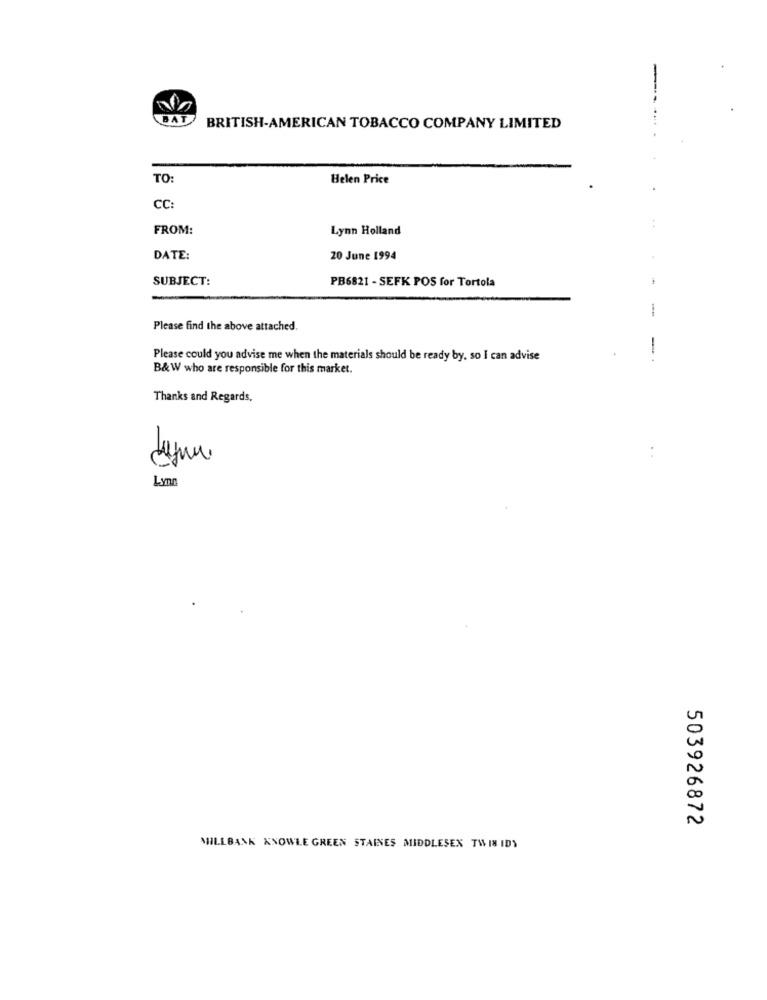
BAT
BRITISH-AMERICAN TOBACCO COMPANY LIMITED
TO:
Belen Price
CC:
FROM:
Lynn Holland
DATE:
20 June 1994
SUBJECT:
PB6821 - SEFK POS for Tortola
Please find the above attached.
Please could you advise me when the materials should be ready by, so I can advise
B&W who are responsible for this market.
Thanks and Regards,
-
..
Lynn
503926872
MILLBANK KNOWLE GREEN STAINES MIDDLESEX TW IS IDY